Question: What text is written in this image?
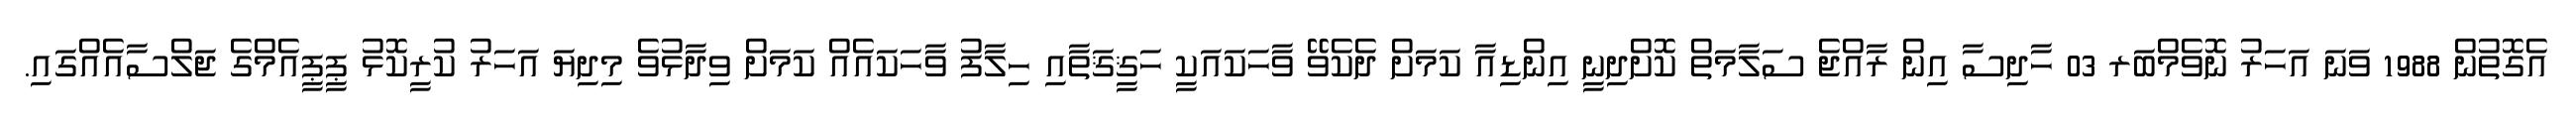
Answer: އެގޮތުން 1988 ވަނަ އަހަރު ނޮވެމްބަރ 03 ހާދިސާ އިން ރާއްޖެ ސަލާމަތް ކޮށްދިނީ އިންޑިއާ ކަމަށް ދެކެވޭ ވާހަކައަކީ ހަޤީޤަތާއި ހިލާފު ވާހަކައެއް ކަމަށް ވިދާޅުވެ މިދިޔަ އަހަރު ކުރީކޮޅު ޕީޕީއެމްގެ ޖަލްސާއެއްގައި.